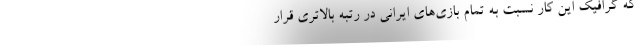
که گرافیک این کار نسبت به تمام بازی‌های ایرانی در رتبه بالاتری قرار